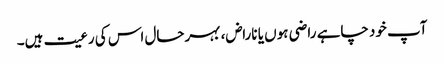
آپ خود چاہے راضی ہوں یا ناراض، بہرحال اس کی رعیت ہیں۔